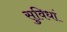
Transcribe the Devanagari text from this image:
सुविधां